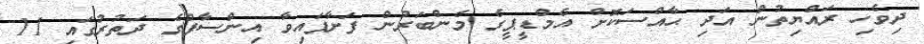
ދިވެހި ރައްޔިތުން އަދި ޙާއްސަކޮށް އެމްޑީޕީގެ މެންބަރުން ފަށާފައިވާ އިންސާފްގެ ދަތުރުގައި 11